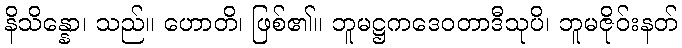
နိသိန္နော၊ သည်။ ဟောတိ၊ ဖြစ်၏။ ဘူမဋ္ဌကဒေဝတာဒီသုပိ၊ ဘူမဇိုဝ်းနတ်